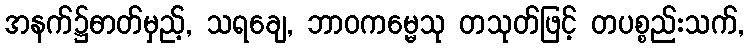
အနက်၌ဓာတ်မှည့်, သရချေ, ဘာဝကမ္မေသု တသုတ်ဖြင့် တပစ္စည်းသက်,